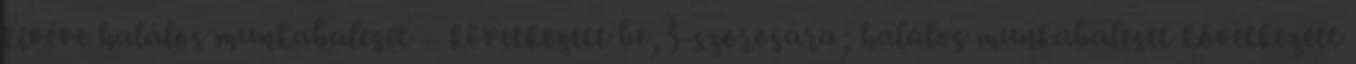
kivéve halálos munkabaleset – következett be,3-szorosára; halálos munkabaleset következett